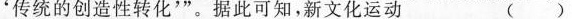
‘传统的创造性转’"。据此可知新文化运动 ( )